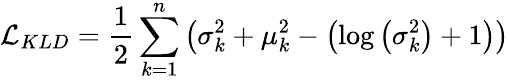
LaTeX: \mathcal{L}_{KLD}=\frac{1}{2}\sum_{k=1}^{n}\left(\sigma_{k}^{2}+\mu_{k}^{2}-\left(\log\left(\sigma_{k}^{2}\right)+1\right)\right)